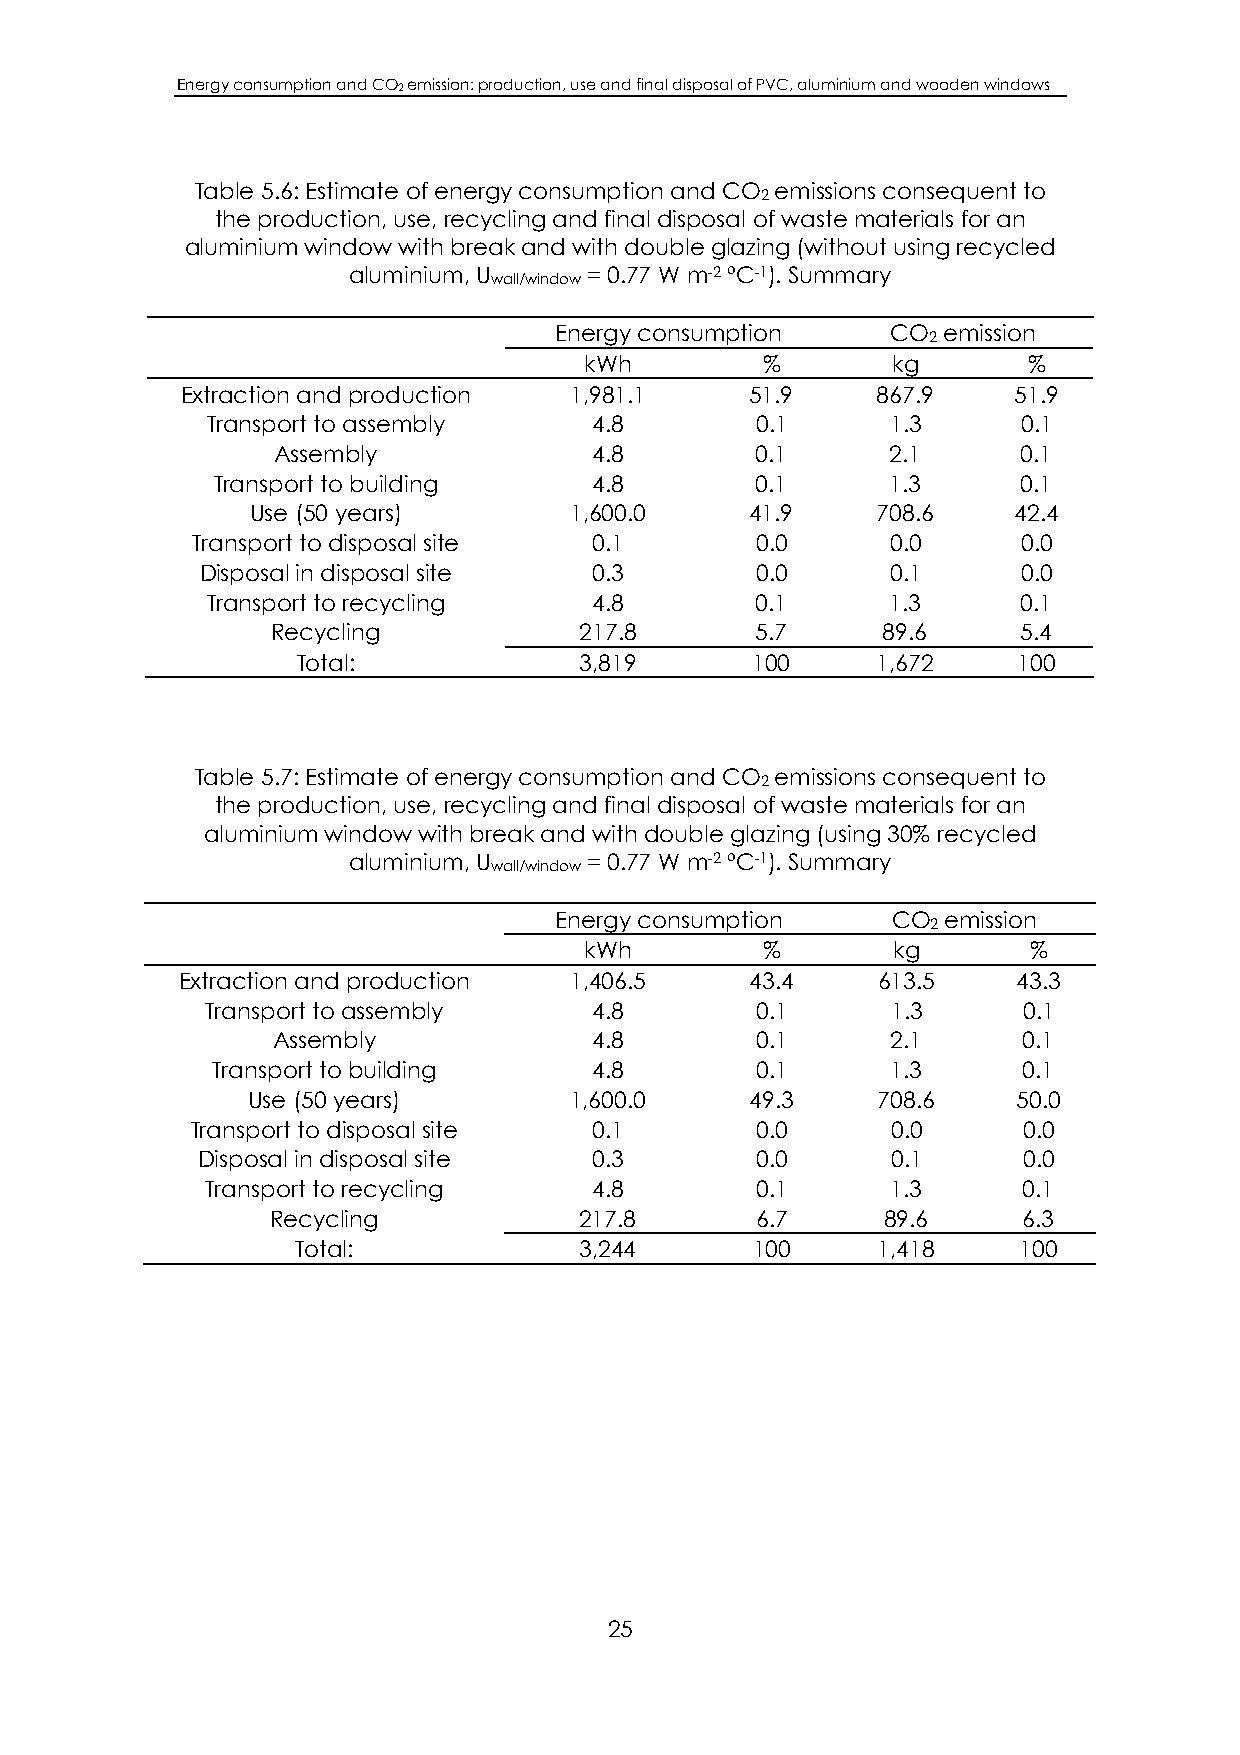
Energy consumption and CO2 emission: production, use and final disposal of PVC, aluminium and wooden windows
 Table 5.6: Estimate of energy consumption and CO emissions consequent to
 2
 the production, use, recycling and final disposal of waste materials for an
 aluminium window with break and with double glazing (without using recycled
 aluminium, U    = 0.77 W m-2 ºC-1). Summary
 wall/window
 Energy consumption    CO emission
 2
 kWh         %       kg       %
 Extraction and production 1,981.1     51.9    867.9    51.9
 Transport to assembly    4.8        0.1      1.3      0.1
 Assembly             4.8        0.1      2.1      0.1
 Transport to building    4.8        0.1      1.3      0.1
 Use (50 years)       1,600.0     41.9    708.6    42.4
 Transport to disposal site 0.1       0.0      0.0      0.0
 Disposal in disposal site 0.3        0.0      0.1      0.0
 Transport to recycling   4.8        0.1      1.3      0.1
 Recycling           217.8       5.7     89.6      5.4
 Total:            3,819       100     1,672    100
 Table 5.7: Estimate of energy consumption and CO emissions consequent to
 2
 the production, use, recycling and final disposal of waste materials for an
 aluminium window with break and with double glazing (using 30% recycled
 aluminium, U    = 0.77 W m-2 ºC-1). Summary
 wall/window
 Energy consumption    CO  emission
 2
 kWh         %       kg       %
 Extraction and production 1,406.5     43.4    613.5    43.3
 Transport to assembly    4.8        0.1      1.3      0.1
 Assembly             4.8        0.1      2.1      0.1
 Transport to building    4.8        0.1      1.3      0.1
 Use (50 years)        1,600.0     49.3    708.6    50.0
 Transport to disposal site 0.1       0.0      0.0      0.0
 Disposal in disposal site 0.3        0.0      0.1      0.0
 Transport to recycling   4.8        0.1      1.3      0.1
 Recycling           217.8       6.7      89.6     6.3
 Total:            3,244       100     1,418    100
 25